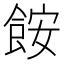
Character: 𩛖